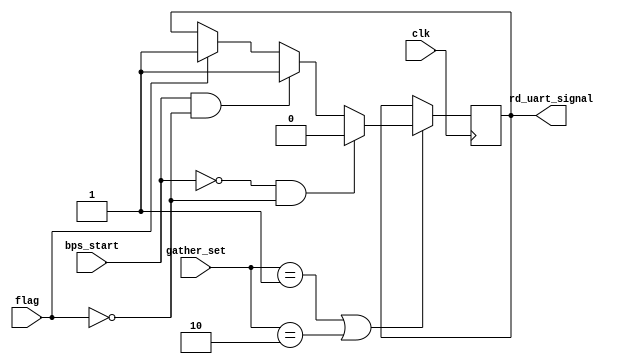
//FIFO_2
module uart_control(clk,gather_set,bps_start,rd_uart_signal,flag);


input clk;
input[1:0] gather_set;
input bps_start;
input flag;

output reg rd_uart_signal = 1'b1;


//FIFO_2
always @(posedge clk) begin
	if(gather_set == 2'b01 || gather_set == 2'b10) begin //
		if(bps_start == 0 && flag == 0) //FIFO_20
			rd_uart_signal <= 0;
				else if(bps_start == 1 && flag == 0) //FIFO_20
			rd_uart_signal <= 1;
		else if(flag == 1) //FIFO_2
			rd_uart_signal <= 1;
		end
	end
	
endmodule